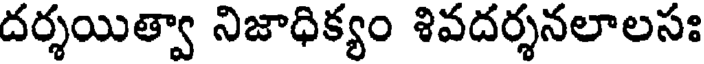
దర్శయిత్వా నిజాధిక్యం శివదర్శనలాలసః